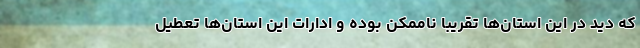
که دید در این استان‌‌ها تقریبا ناممکن بوده و ادارات این استان‌ها تعطیل